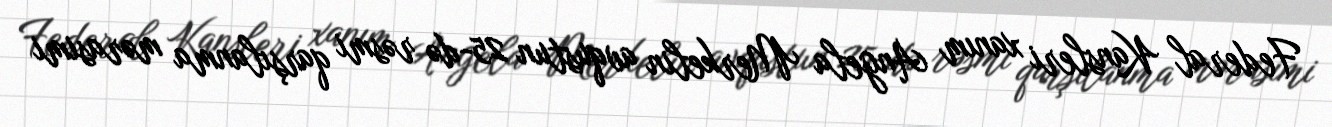
Federal Kansleri xanım Angela Merkelin avqustun 25-də rəsmi qarşılanma mərasimi